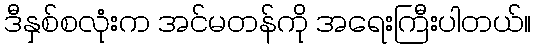
ဒီနှစ်စလုံးက အင်မတန်ကို အရေးကြီးပါတယ်။